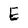
Character: E